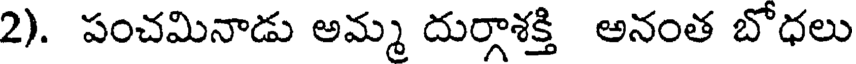
2). పంచమినాడు అమ్మ దుర్గాశక్తి అనంత బోధలు